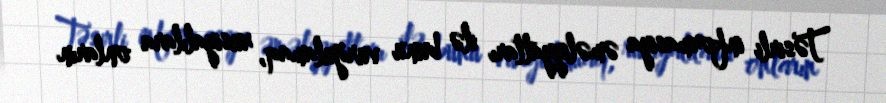
Təsirli informasiya əməliyyatları ilə bunu vurğulamaq, rusiyalılara onların